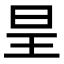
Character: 𭥕